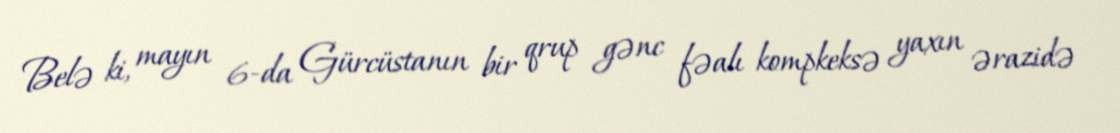
Belə ki, mayın 6-da Gürcüstanın bir qrup gənc fəalı kompkeksə yaxın ərazidə